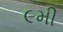
૯મી